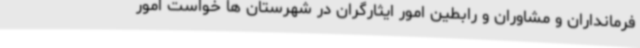
فرمانداران و مشاوران و رابطین امور ایثارگران در شهرستان ها خواست امور